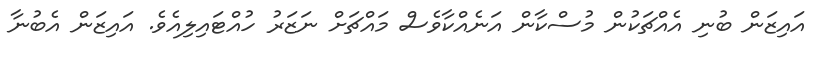
އައިޒަން ބުނި އެއްޗަކުން މުސްކާން އަނެއްކާވެސް މައްޗަށް ނަޒަރު ހުއްޓައިލިއެވެ. އައިޒަން އެބުނާ